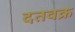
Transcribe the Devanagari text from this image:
दतवक्र